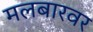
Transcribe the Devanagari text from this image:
मलबारवर